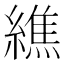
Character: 𦅃